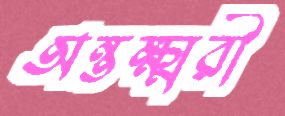
অন্তক্ষ্মরী